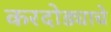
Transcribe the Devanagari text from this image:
करदोड्याचे